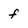
Character: f